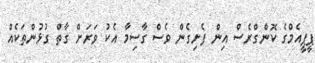
ޕީޕީއެމްގެ ކޮންގްރެސް އިން ފެށިގެން ވެސް ގާސިމާ އެކު ވަރަށް ގާތް ގުޅުންތަކެއް